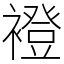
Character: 䙞